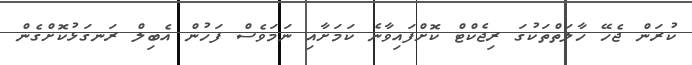
ކުރަން ޖެހޭ ހާލަތްތަކުގަ ރިޖެކްޓް ކޮށްފައިވާނެ ކަމަށާއި ނަމަވެސް ފަހުން އެބިލް ރަނގަޅުކޮށްގެން